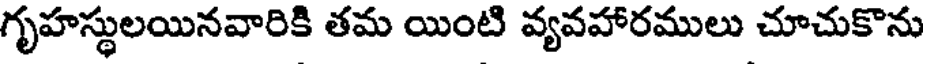
గృహస్థులయినవారికి తమ యింటి వ్యవహారములు చూచుకొను